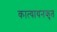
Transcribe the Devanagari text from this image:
कात्यायनकृत